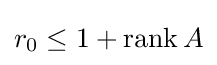
r_{0}\leq 1+\operatorname {rank} A